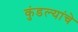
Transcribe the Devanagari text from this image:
कुंडल्यांचे